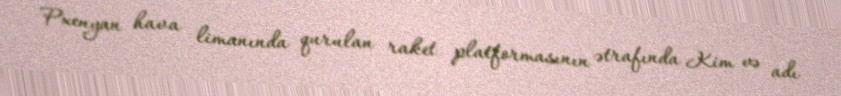
Pxenyan hava limanında qurulan raket platformasının ətrafında Kim və adı